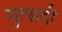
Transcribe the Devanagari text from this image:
मुत्सदी